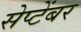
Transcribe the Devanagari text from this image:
सेप्टेंबर